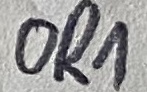
Text: OR1